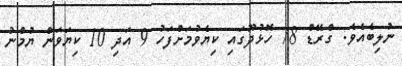
ނުލިބެއެވެ. ގްރޭޑް 78 ހޮޅުދޫގައި ކިޔެވުމަށްފަހު 9 އަދި 10 ކިޔަވަން ޔުމްނު